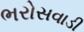
ભરોસવાડી